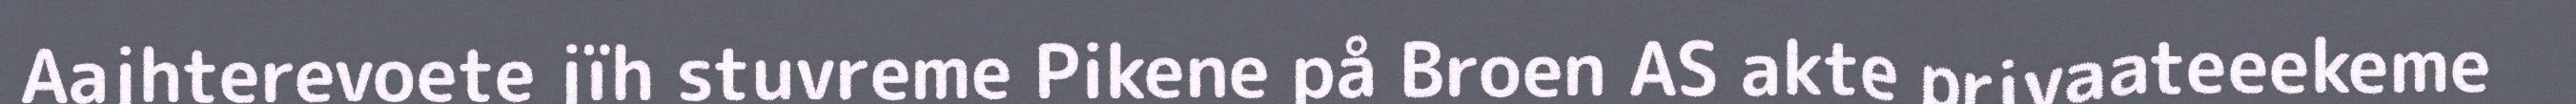
Aajhterevoete jïh stuvreme Pikene på Broen AS akte privaateeekeme